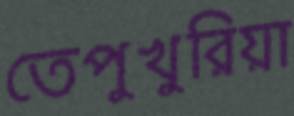
তেপুখুরিয়া